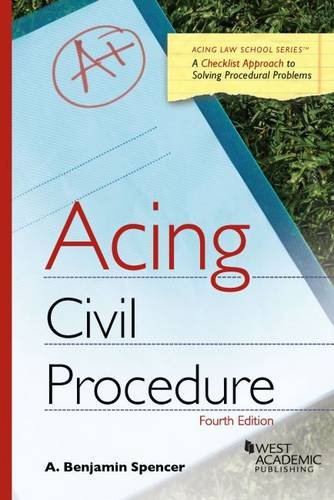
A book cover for Acing Civil Procedure (Acing Series); A. Spencer; Law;